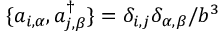
\{ a _ { i , \alpha } , a _ { j , \beta } ^ { \dagger } \} = \delta _ { i , j } \delta _ { \alpha , \beta } / b ^ { 3 }